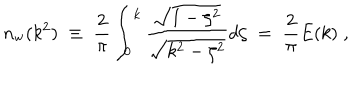
LaTeX: n _ { \mathrm { w } } ( k ^ { 2 } ) \; \equiv \; { \frac { 2 } { \pi } } \int _ { 0 } ^ { k } { \frac { \sqrt { 1 - \zeta ^ { 2 } } } { \sqrt { k ^ { 2 } - \zeta ^ { 2 } } } } d \zeta \; = \; { \frac { 2 } { \pi } } E ( k ) \; ,